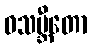
ဝသမ္ဘီတော